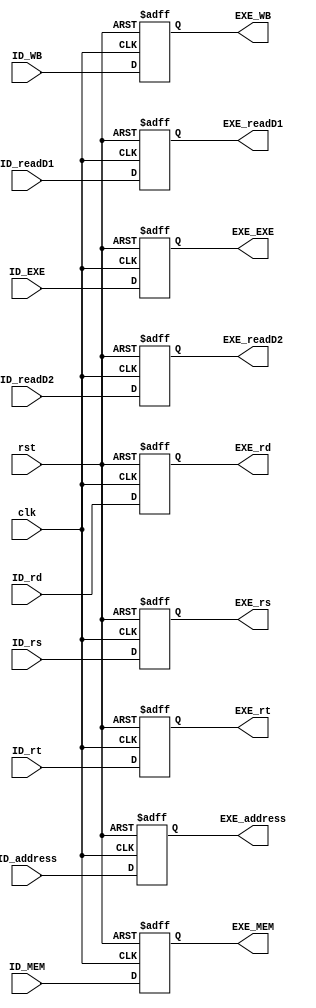
`timescale 1ps/1ps
module ID_EXEReg(
       clk,
       rst,
       ID_MEM,
       ID_WB,
       ID_EXE,
       ID_rs,
       ID_rt,
       ID_rd,       
       ID_readD1,
       ID_readD2,
       ID_address,
       EXE_MEM,       
       EXE_WB,
       EXE_EXE,
       EXE_rs,       
       EXE_rt,
       EXE_rd,       
       EXE_readD1,
       EXE_readD2,
       EXE_address
       );
       
    input rst,
          clk;
    input [1:0] ID_MEM,
                ID_WB;
    input [4:0] ID_EXE, 
                ID_rs, 
                ID_rt,
                ID_rd;
    input[31:0] ID_readD1,
                ID_readD2,
                ID_address;
                
    output reg [1:0] EXE_MEM,
                     EXE_WB;
    output reg [4:0] EXE_EXE,
                   	 EXE_rs, 
                     EXE_rt, 
                     EXE_rd;
    output reg [31:0] EXE_readD1,
                      EXE_readD2,
                      EXE_address;

    always@(posedge clk,posedge rst)begin
        if(rst) begin
            EXE_MEM <= 2'b0;
            EXE_WB <= 2'b0;
            EXE_EXE <= 5'b0;
            EXE_rs <= 5'b0;            
            EXE_rt <= 5'b0;
            EXE_rd <= 5'b0;            
            EXE_readD1 <= 32'b0;
            EXE_readD2 <= 32'b0;
            EXE_address <= 32'b0;
      end
      else begin
            EXE_MEM <= ID_MEM;        
            EXE_WB <= ID_WB;
            EXE_EXE <= ID_EXE;
            EXE_rs <= ID_rs;
            EXE_rt <= ID_rt;
            EXE_rd <= ID_rd;            
            EXE_readD1 <= ID_readD1;
            EXE_readD2 <= ID_readD2;
            EXE_address <= ID_address;
      end
    end
endmodule